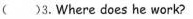
( )3.Where does he work?